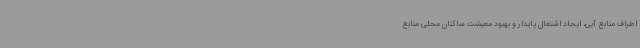
اطراف منابع آبی، ایجاد اشتغال پایدار و بهبود معیشت ساکنان محلی منابع